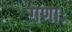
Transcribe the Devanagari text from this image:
गणाः